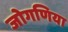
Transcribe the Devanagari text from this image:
जोगणिया